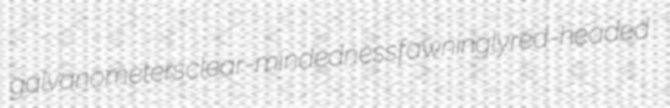
galvanometers clear-mindedness fawningly red-headed